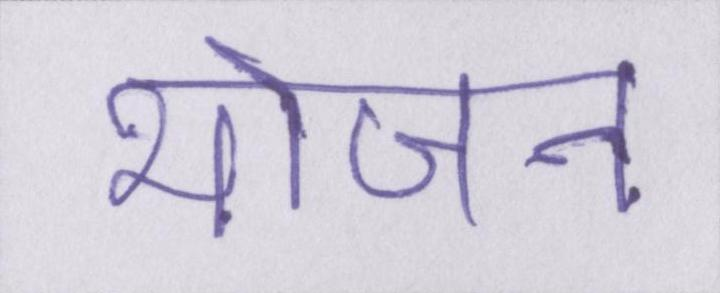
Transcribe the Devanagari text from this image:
भोजन